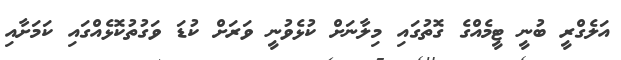
އަލެގްރީ ބުނީ ޓީމެއްގެ ގޮތުގައި މިލާނަށް ކުޅެވުނީ ވަރަށް ކުޑަ ވަގުތުކޮޅެއްގައި ކަމަށާއި